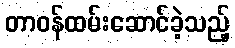
တာဝန်ထမ်းဆောင်ခဲ့သည့်